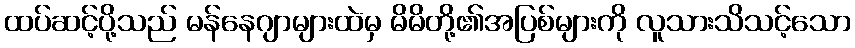
ထပ်ဆင့်ပို့သည် မန်နေဂျာများထဲမှ မိမိတို့၏အပြစ်များကို လူသားသိသင့်သော